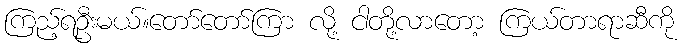
ကြည့်ရဦးမယ်။တော်တော်ကြာ လို့ ငါတို့လာတော့ ကြယ်တာရာဆီကို